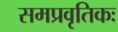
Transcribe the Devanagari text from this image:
समप्रवृतिकः